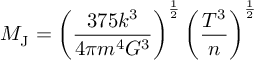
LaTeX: M _ { \mathrm { J } } = \left( { \frac { 3 7 5 k ^ { 3 } } { 4 \pi m ^ { 4 } G ^ { 3 } } } \right) ^ { \frac { 1 } { 2 } } \left( { \frac { T ^ { 3 } } { n } } \right) ^ { \frac { 1 } { 2 } }